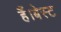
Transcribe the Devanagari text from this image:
हैं।बेस्ट